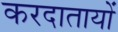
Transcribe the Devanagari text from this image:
करदातायों